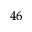
^ { 4 6 }